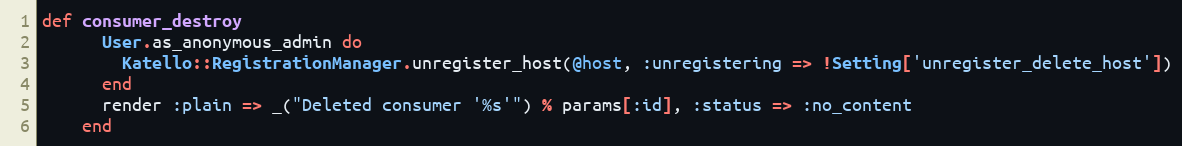
Language: Ruby
def consumer_destroy
      User.as_anonymous_admin do
        Katello::RegistrationManager.unregister_host(@host, :unregistering => !Setting['unregister_delete_host'])
      end
      render :plain => _("Deleted consumer '%s'") % params[:id], :status => :no_content
    end